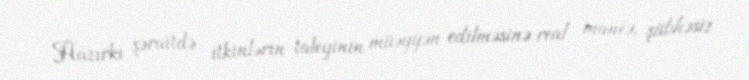
Hazırkı şəraitdə itkinlərin taleyinin müəyyən edilməsinə real maneə, şübhəsiz